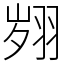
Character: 翙